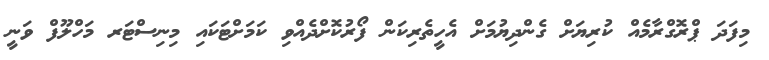
މިފަދަ ޕްރޮގްރާމެއް ކުރިޔަށް ގެންދިޔުމަށް އެހީތެރިކަން ފޯރުކޮށްދެއްވި ކަމަށްޓަކައި މިނިސްޓަރ މަހްލޫފް ވަނީ